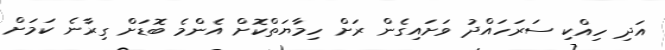
އަދި ހިއްކި ސަރަހައްދު ވަށައިގެން ރަށް ހިމާޔަތްކޮށް އެންމެ ބޮޑަށް ގިރާނެ ކަމަށް